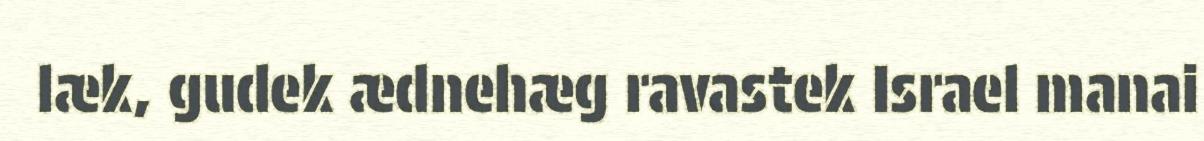
læk, gudek ædnehæg ravastek Israel manai